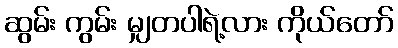
ဆွမ်း ကွမ်း မျှတပါရဲ့လား ကိုယ်တော်